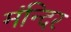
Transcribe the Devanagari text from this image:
मंन्दिर